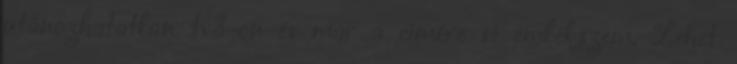
utánozhatatlan tv3-on és már a címére se emlékszem. Lehet